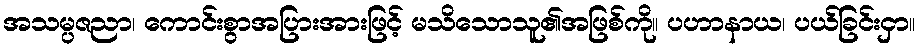
အသမ္ပဇညာ၊ ကောင်းစွာအပြားအားဖြင့် မသိသောသူ၏အဖြစ်ကို။ ပဟာနာယ၊ ပယ်ခြင်းငှာ။